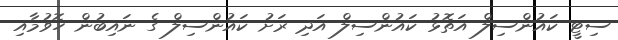
ސިޓީ ކައުންސިލް އަތޮޅު ކައުންސިލް އަދި ރަށު ކައުންސިލް ގެ ނައިބުން ހޮވުމާއި